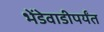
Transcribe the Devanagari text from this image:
भेंडेवाडीपर्यंत